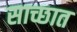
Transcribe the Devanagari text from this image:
साच्छात